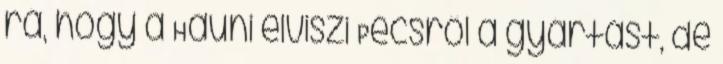
rá, hogy a Hauni elviszi Pécsrôl a gyártást, de